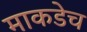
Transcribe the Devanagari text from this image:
माकडेच